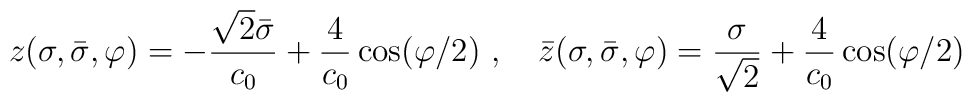
z(\sigma,\bar{\sigma},\varphi)=-\frac{\sqrt{2}\bar{\sigma}}{c_0}+\frac{4}{c_0}\cos(\varphi/2)\,\,,\quad\bar{z}(\sigma,\bar{\sigma},\varphi)=\frac{\sigma}{\sqrt{2}}+\frac{4}{c_0}\cos(\varphi/2)